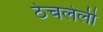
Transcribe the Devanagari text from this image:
ठेचलेली